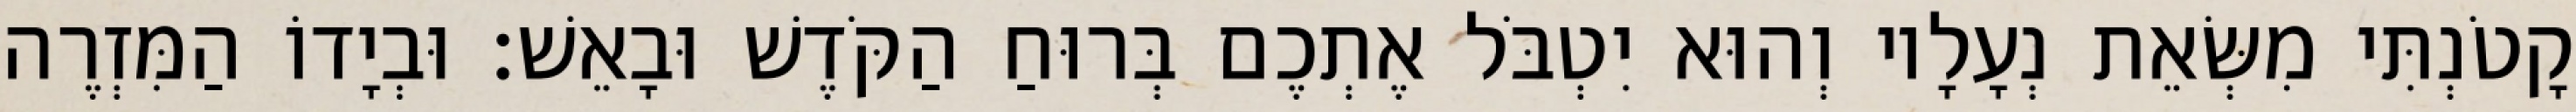
קָטֹנְתִּי מִשְּׂאֵת נְעָלָיו וְהוּא יִטְבֹּל אֶתְכֶם בְּרוּחַ הַקֹּדֶשׁ וּבָאֵשׁ׃ וּבְיָדוֹ הַמִּזְרֶה